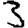
Digit: 3